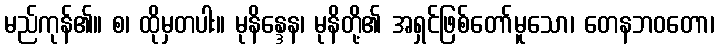
မည်ကုန်၏။ စ၊ ထိုမှတပါး။ မုနိန္ဒေန၊ မုနိတို့၏ အရှင်ဖြစ်တော်မူသော၊ တေနဘဝတော၊